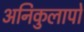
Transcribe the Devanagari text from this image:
अनिकुलापो